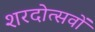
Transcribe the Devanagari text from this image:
शरदोत्सवों